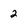
Character: 2